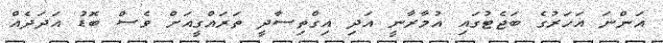
އަންނަ އަހަރުގެ ބަޖެޓުގައި އުމާރާނީ އަދި އިގްތިސާދީ ތަރައްގީއަށް ވެސް ބޮޑު އަދަދެއް